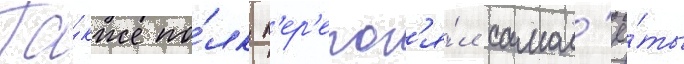
Та́кже по́лк п'ер'егон'я́л самол'ё́ты